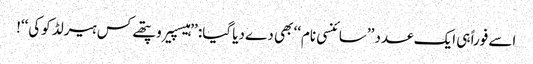
اسے فوراً ہی ایک عدد ’’سائنسی نام‘‘ بھی دے دیا گیا: ’’ہیسپیروپتھے کس ہیرلڈ کوکی‘‘!